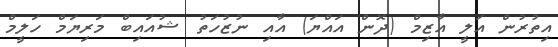
އިތުރުން އަލީ އާޒިމް (ދޮން އައްޔަ) އާއި ނުޒުހަތު ޝުއައިބް މަރިޔަމް ހަލީމް